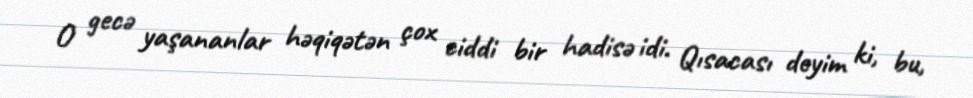
O gecə yaşananlar həqiqətən çox ciddi bir hadisə idi. Qısacası deyim ki, bu,